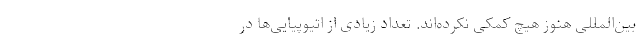
بین‌المللی هنوز هیچ کمکی نکرده‌اند. تعداد زیادی از اتیوپیایی‌ها در